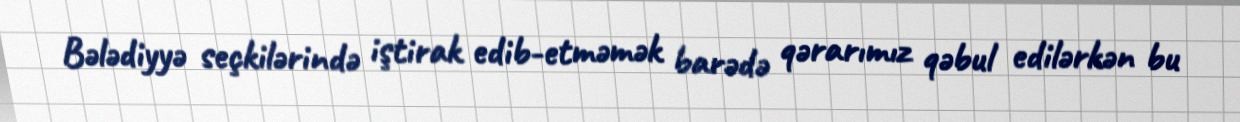
Bələdiyyə seçkilərində iştirak edib-etməmək barədə qərarımız qəbul edilərkən bu